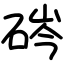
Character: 硶